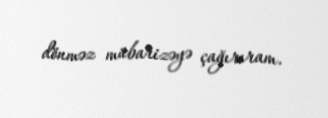
dönməz mübarizəyə çağırıram.